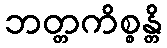
ဘတ္တကိစ္စန္တိ